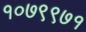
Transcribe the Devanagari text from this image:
१०७९९७१